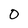
Character: 0